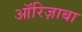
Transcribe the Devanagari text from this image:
ऑरिज़ाबा